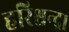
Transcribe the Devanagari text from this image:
हरिश्चन्द्र।